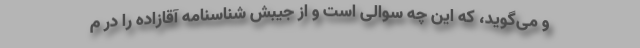
و می‌گوید، که این چه سوالی است و از جیبش شناسنامه آقازاده را در م